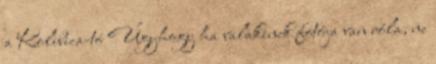
a Kolibica-tó Úgyhogy ha valakinek fotója van róla, ne